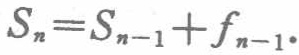
\(S_{n}=S_{n - 1}+f_{n - 1}\)